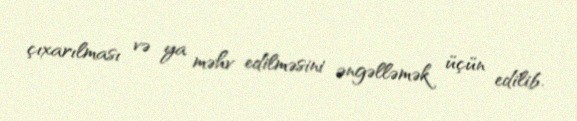
çıxarılması və ya məhv edilməsini əngəlləmək üçün edilib.